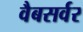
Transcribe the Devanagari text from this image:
वैबसर्वर